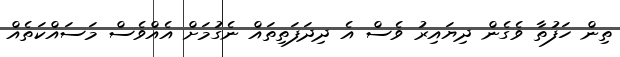
ތިން ހަފުތާ ވެގެން ދިޔައިރު ވެސް އެ ދިދަފަތިތައް ނެގުމަށް އެއްވެސް މަސައްކަތެއް